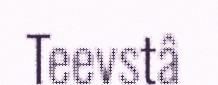
Teevstâ